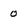
Character: 0